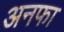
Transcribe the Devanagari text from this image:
अनफा